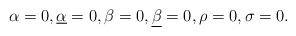
LaTeX: \begin{align*} \alpha=0, \underline{\alpha}=0, \beta=0, \underline{\beta}=0, \rho=0, \sigma =0.\end{align*}